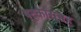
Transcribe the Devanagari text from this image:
षट्‍कारासह